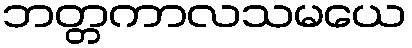
ဘတ္တကာလသမယေ